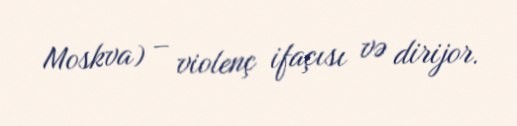
Moskva) – violenç ifaçısı və dirijor.